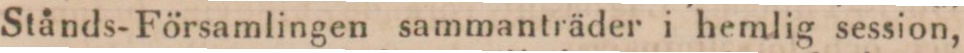
Stånds-Församlingen sammanträder i hemlig session,